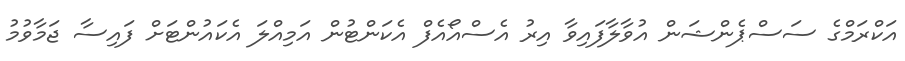
އަކްރަމްގެ ސަސްޕެންޝަން އުވާލާފައިވާ އިރު އެސްއޯއެފް އެކަންޓުން އަމިއްލަ އެކައުންޓަށް ފައިސާ ޖަމާވުމު